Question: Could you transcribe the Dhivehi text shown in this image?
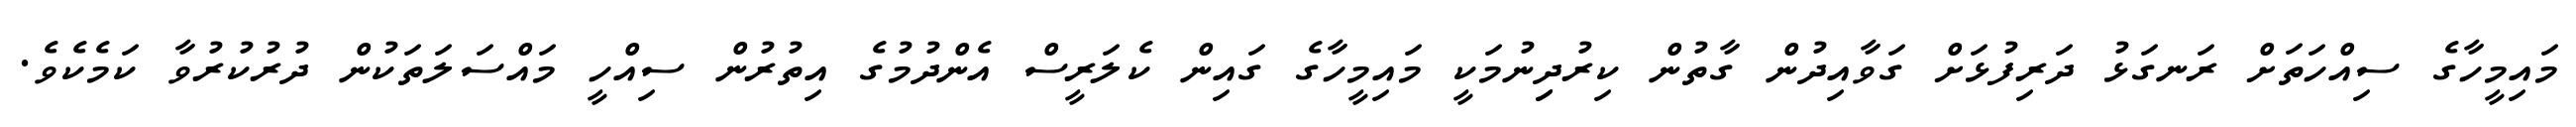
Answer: މައިމީހާގެ ސިއްހަތަށް ރަނގަޅު ދަރިފުޅަށް ގަވާއިދުން ގާތުން ކިރުދިިނުމަކީ މައިމީހާގެ ގައިން ކެލަރީސް އެންދުމުގެ އިތުރުން ސިއްހީ މައްސަލަތަކުން ދުރުކުރުވާ ކަމެކެވެ.